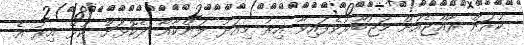
ކުރަން ރާއްޖެއަށް މަޖުބޫރުވެފައިވާ އިރު މިއަދު ލަންކާއާ ދެކޮޅަށް ކުޅޭ އިރު އެ